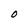
Character: O